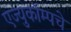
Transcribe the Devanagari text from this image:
एज्युकॉम्पचे